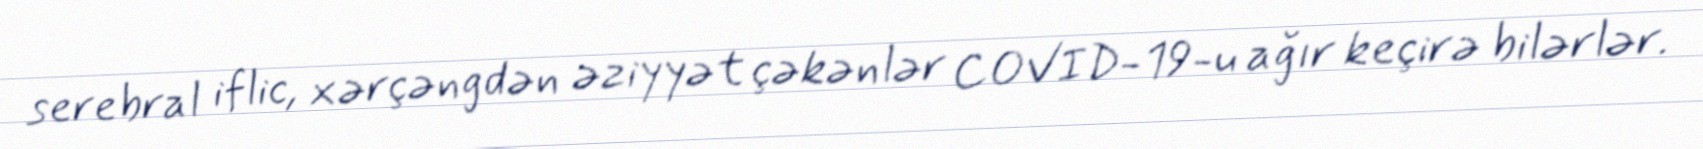
serebral iflic, xərçəngdən əziyyət çəkənlər COVID-19-u ağır keçirə bilərlər.